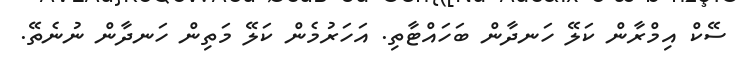
ސޭކް އިމްރާން ކަލޭ ހަނދާން ބަހައްޓާތި. އަހަރުމެން ކަލޭ މަތިން ހަނދާން ނުނެތޭ.